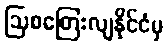
ဩစတြေးလျနိုင်ငံမှ